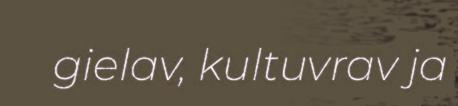
gielav, kultuvrav ja